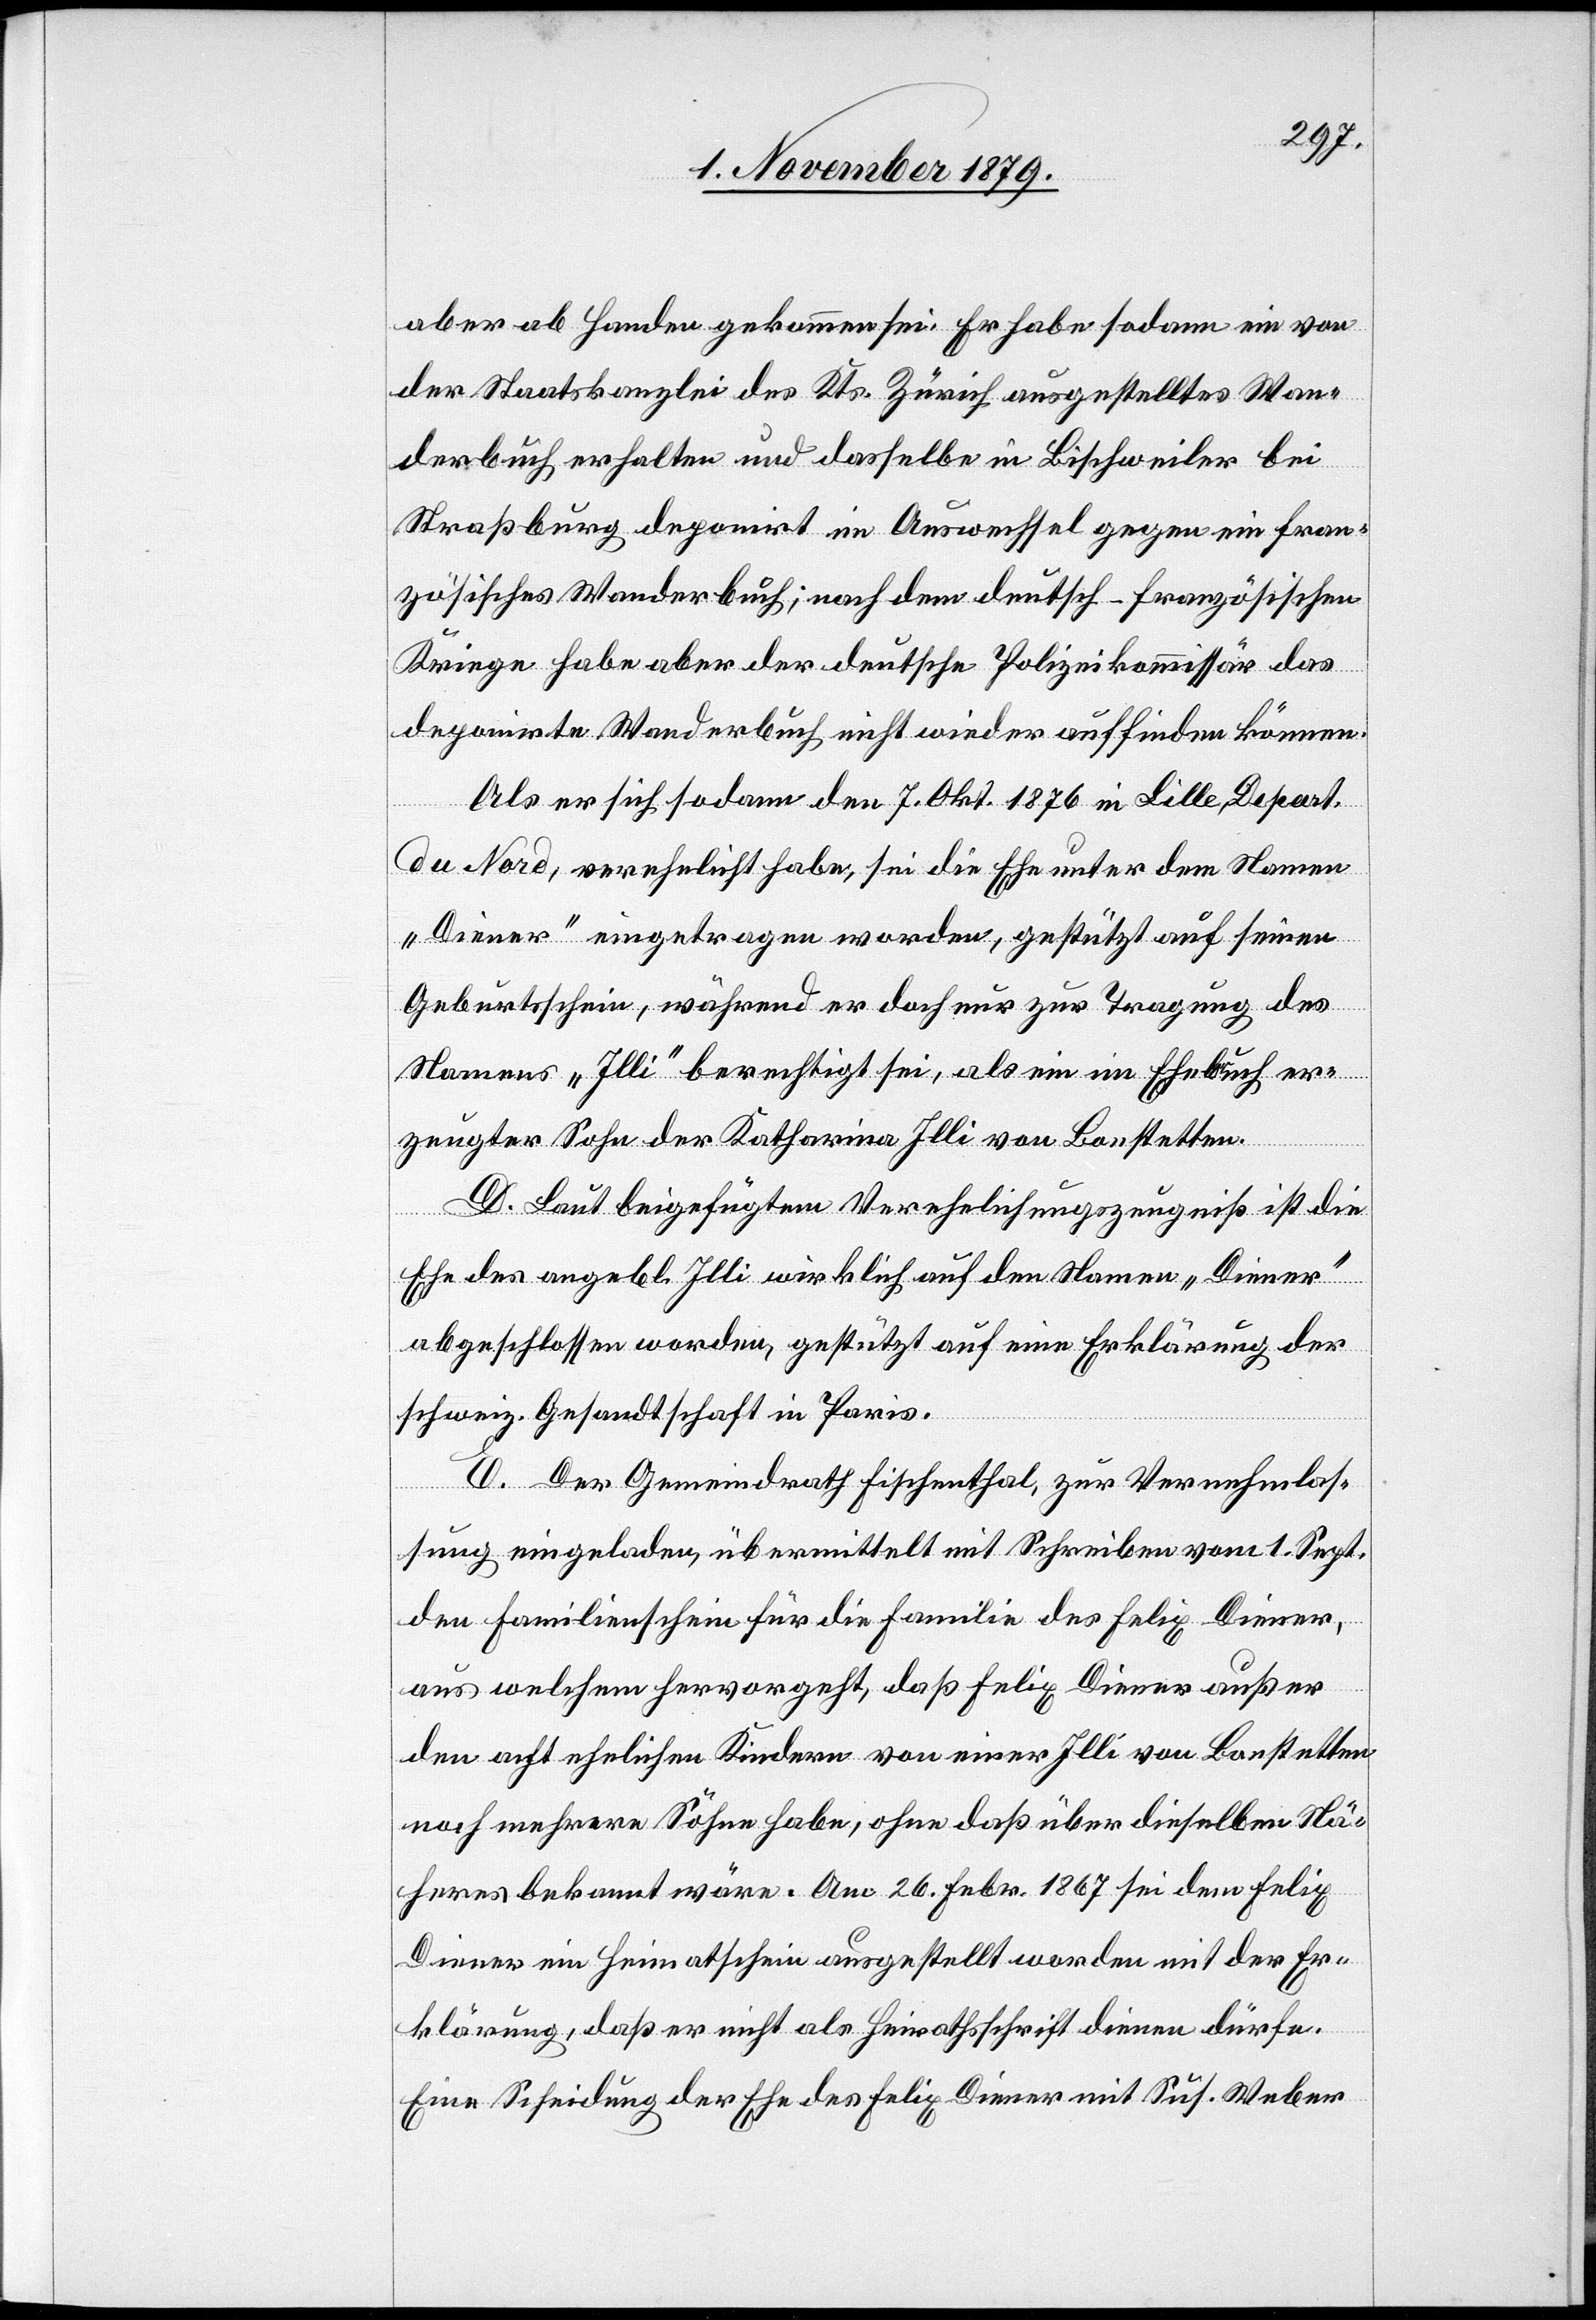
aber ab Handen gekommen sei. Er habe sodann ein von
der Staatskanzlei des Kts. Zürich ausgestelltes Wan¬
derbuch erhalten und dasselbe in Bischweiler bei
Straßburg deponirt im Auswechsel gegen ein fran¬
zösisches Wanderbuch; nach dem deutsch-französischen
Kriege habe aber der deutsche Polizeikommissar das
deponirte Wanderbuch nicht wieder auffinden können.
Als er sich sodann den 7. Okt. 1876 in Lille, Depart.
du Nord, verehelicht habe, sei die Ehe unter dem Namen
„Diener“ eingetragen worden, gestützt auf seinen
Geburtsschein, während er doch nur zur Tragung des
Namens „Illi“ berechtigt sei, als ein im Ehebruch er¬
zeugter Sohn der Katharina Illi von Bonstetten.
D. Laut beigefügtem Verehelichungszeugniß ist die
Ehe des angebl. Illi wirklich auf den Namen „Diener“
abgeschlossen worden, gestützt auf eine Erklärung der
schweiz. Gesandtschaft in Paris.
E. Der Gemeindrath Fischenthal, zur Vernehmlas¬
sung eingeladen, übermittelt mit Schreiben vom 1. Sept.
den Familienschein für die Familie des Felix Diener,
aus welchem hervorgeht, daß Felix Diener außer
den acht ehelichen Kindern von einer Illi von Bonstetten
noch mehrere Söhne habe, ohne daß über dieselben Nä¬
heres bekannt wäre. Am 26. Febr. 1867 sei dem Felix
Diener ein Heimatschein ausgestellt worden mit der Er¬
klärung, daß er nicht als Heiratsschrift dienen dürfe.
Eine Scheidung der Ehe des Felix Diener mit Sus. Weber